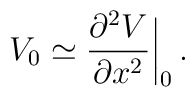
V_0 \simeq {\partial^2 V\over \partial x^2}\bigg|_0\,.